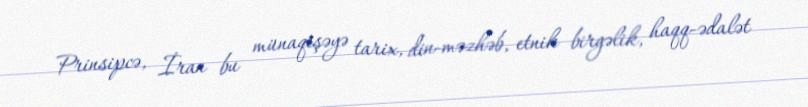
Prinsipcə, İran bu münaqişəyə tarix, din-məzhəb, etnik birgəlik, haqq-ədalət